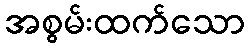
အစွမ်းထက်သော